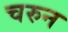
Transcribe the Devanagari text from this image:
चरुन